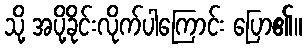
သို့ အပို့ခိုင်းလိုက်ပါကြောင်း ပြော၏။